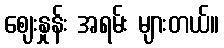
ဈေးနှုန်း အရမ်း များတယ်။